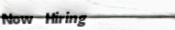
Now Hiring